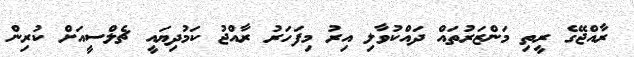
ރާއްޖޭގެ ރީތި މަންޒަރުތައް ދައްކުވާލި އިރު މިފަހަރު ރާއްޖު ކަމުދިޔައީ ޗެލްސީއަށް ކުރިން